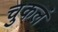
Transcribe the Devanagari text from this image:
चुकलं